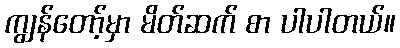
ကျွန်တော့်မှာ မိတ်ဆက် စာ ပါပါတယ်။